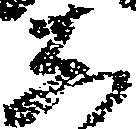
し